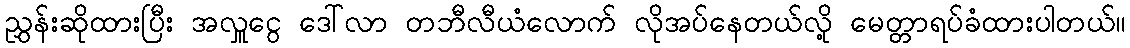
ညွှန်းဆိုထားပြီး အလှူငွေ ဒေါ်လာ တဘီလီယံလောက် လိုအပ်နေတယ်လို့ မေတ္တာရပ်ခံထားပါတယ်။